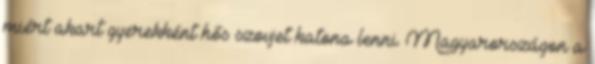
miért akart gyerekként hős szovjet katona lenni. Magyarországon a